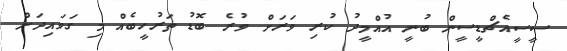
ސީސީއެޗްޑީސީން ބުނީ އުއްމީދު ކުރި ވަރަށް ވުރެ ބޮޑު ތަރުހީބެއް މި ގަވައިދަށް